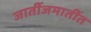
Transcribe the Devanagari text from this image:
जातींजमातींत